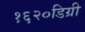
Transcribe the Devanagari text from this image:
१६२०डिग्री